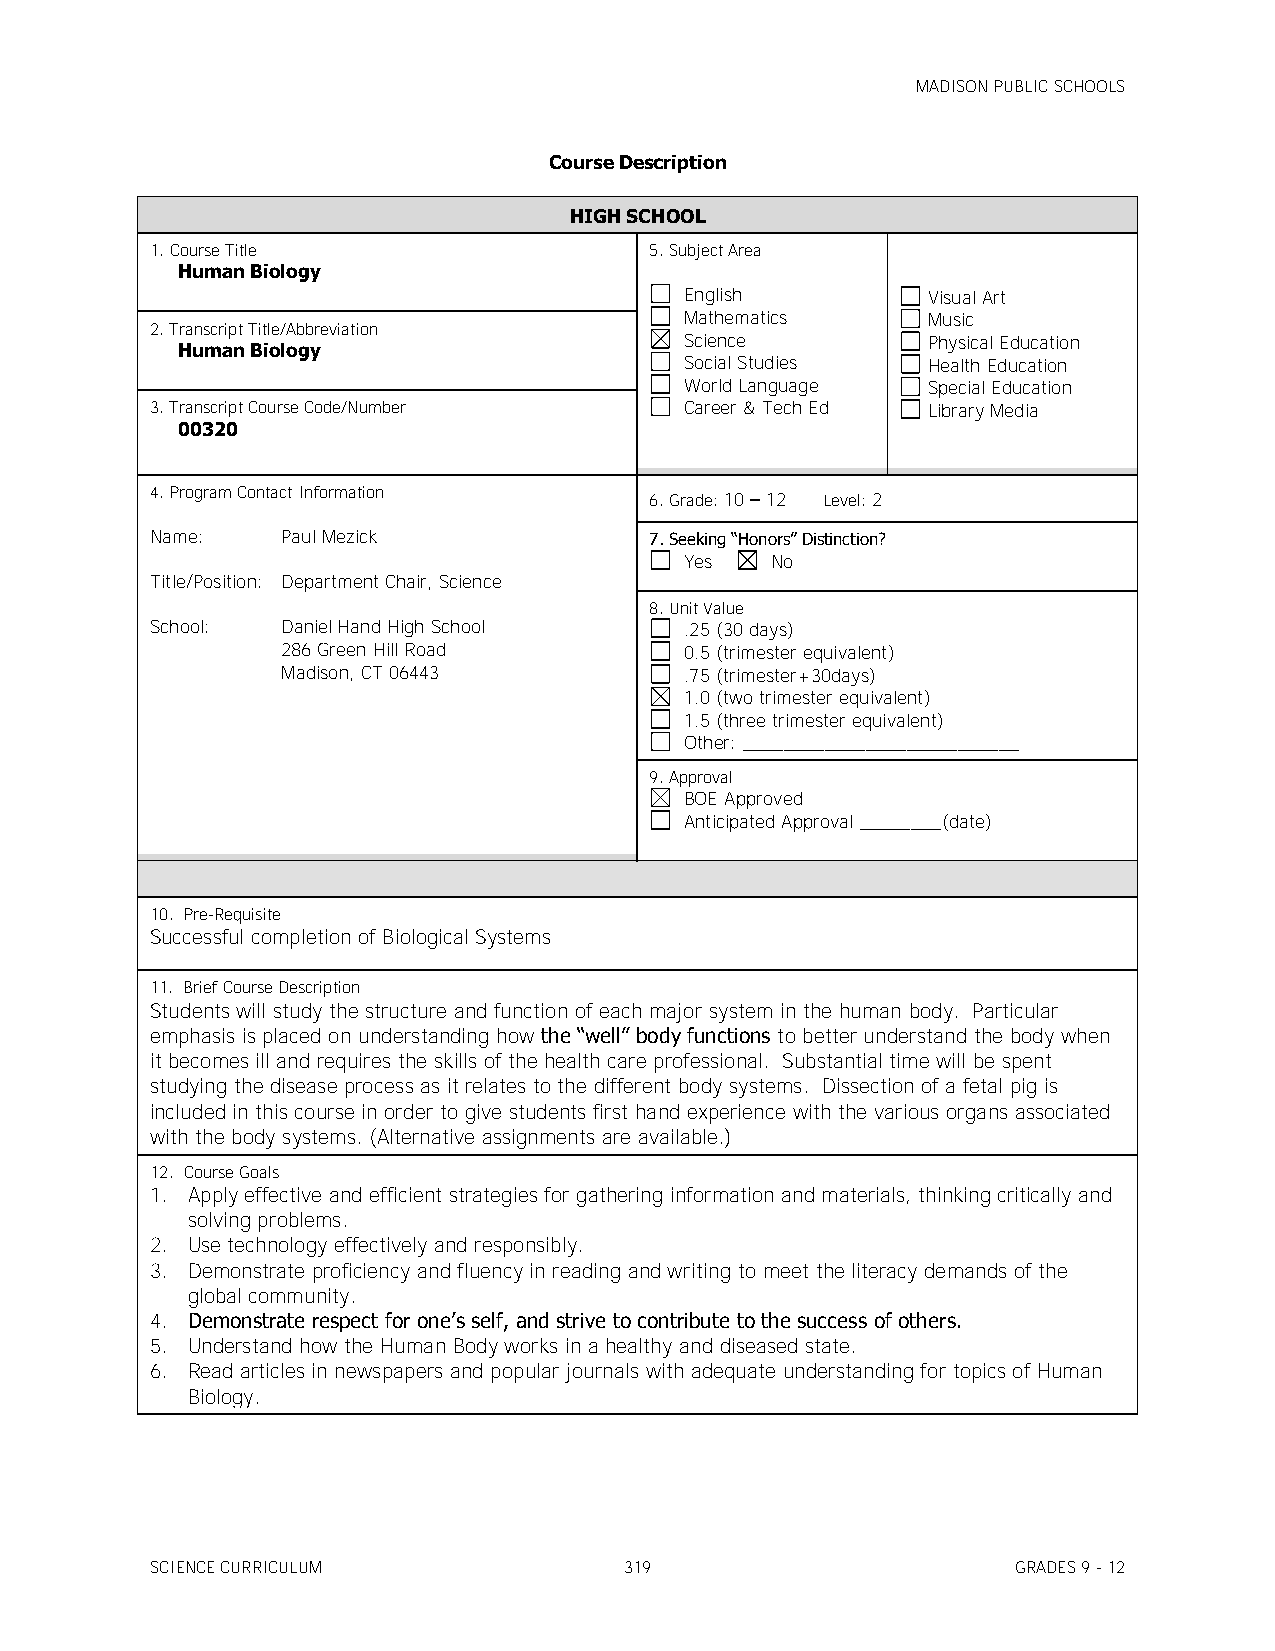
MADISON PUBLIC SCHOOLS
 Course Description
 HIGH SCHOOL
 1. Course Title                  5. Subject Area
 Human Biology
 English         Visual Art
 Mathematics     Music
 2. Transcript Title/Abbreviation
 Science         Physical Education
 Human Biology
 Social Studies  Health Education
 World Language  Special Education
 3. Transcript Course Code/Number   Career & Tech Ed Library Media
 00320
 4. Program Contact Information
 6. Grade: 10 – 12 Level: 2
 Name:    Paul Mezick             7. Seeking ―Honors‖ Distinction?
 Yes   No
 Title/Position: Department Chair, Science
 8. Unit Value
 School:  Daniel Hand High School   .25 (30 days)
 286 Green Hill Road       0.5 (trimester equivalent)
 Madison, CT 06443         .75 (trimester+30days)
 1.0 (two trimester equivalent)
 1.5 (three trimester equivalent)
 Other: ___________________________
 9. Approval
 BOE Approved
 Anticipated Approval ________(date)
 10. Pre-Requisite
 Successful completion of Biological Systems
 11. Brief Course Description
 Students will study the structure and function of each major system in the human body. Particular
 emphasis is placed on understanding how the ―well‖ body functions to better understand the body when
 it becomes ill and requires the skills of the health care professional. Substantial time will be spent
 studying the disease process as it relates to the different body systems. Dissection of a fetal pig is
 included in this course in order to give students first hand experience with the various organs associated
 with the body systems. (Alternative assignments are available.)
 12. Course Goals
 1. Apply effective and efficient strategies for gathering information and materials, thinking critically and
 solving problems.
 2. Use technology effectively and responsibly.
 3. Demonstrate proficiency and fluency in reading and writing to meet the literacy demands of the
 global community.
 4. Demonstrate respect for one’s self, and strive to contribute to the success of others.
 5. Understand how the Human Body works in a healthy and diseased state.
 6. Read articles in newspapers and popular journals with adequate understanding for topics of Human
 Biology.
 SCIENCE CURRICULUM             319                       GRADES 9 - 12